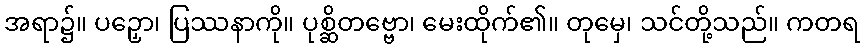
အရာ၌။ ပဉှော၊ ပြဿနာကို။ ပုစ္ဆိတဗ္ဗော၊ မေးထိုက်၏။ တုမှေ၊ သင်တို့သည်။ ကတရ